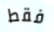
فقط